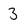
Character: 3